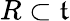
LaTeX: R\subset{\mathfrak{t}}